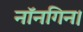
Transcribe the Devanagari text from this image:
नॉनगिन।